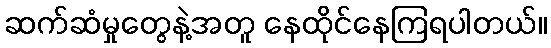
ဆက်ဆံမှုတွေနဲ့အတူ နေထိုင်နေကြရပါတယ်။